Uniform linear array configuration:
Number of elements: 32
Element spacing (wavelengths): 0.25
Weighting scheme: uniform
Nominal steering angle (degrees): -15
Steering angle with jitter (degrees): -14.046
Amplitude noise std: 0.05
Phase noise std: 0.05

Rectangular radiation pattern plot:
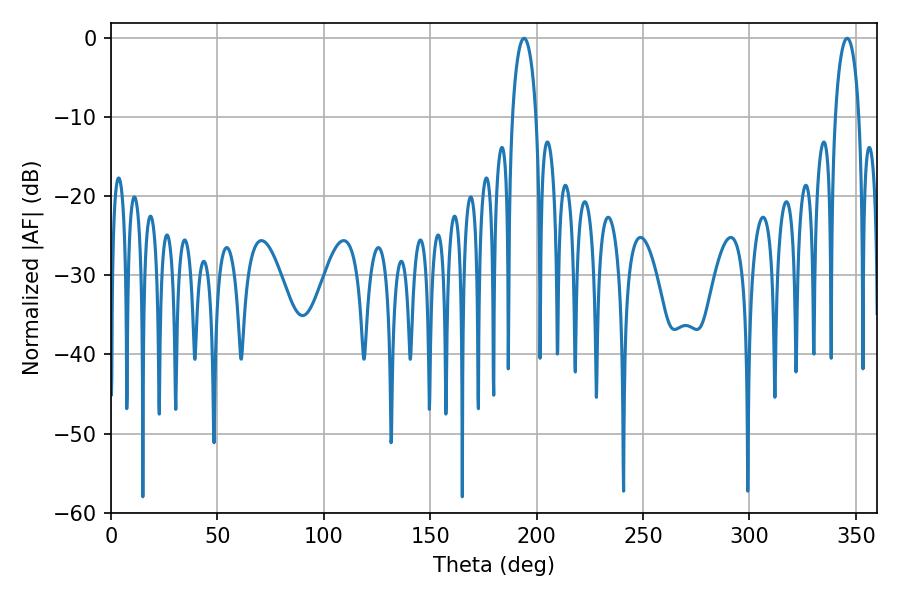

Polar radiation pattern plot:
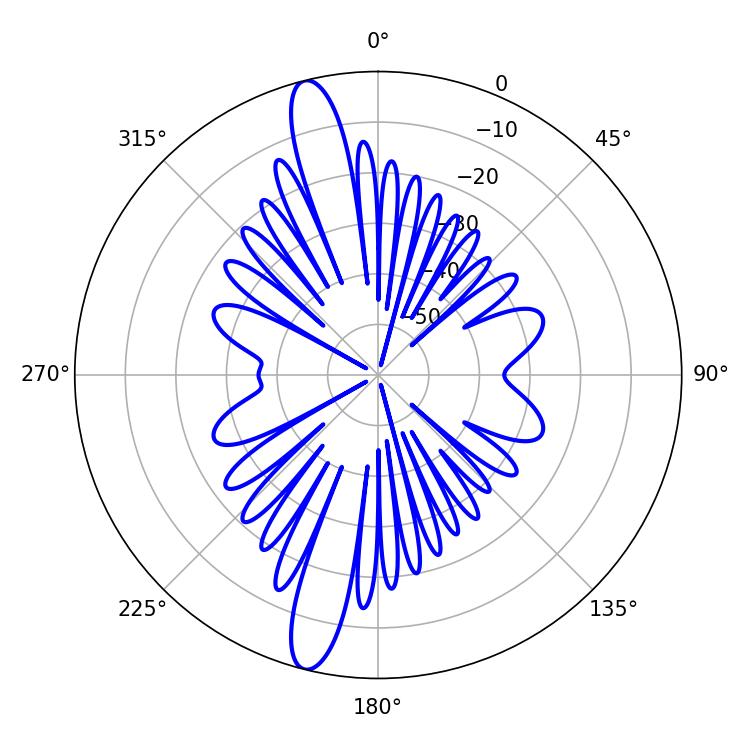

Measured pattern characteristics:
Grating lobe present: FALSE
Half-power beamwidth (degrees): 6.3
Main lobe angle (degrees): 194.04